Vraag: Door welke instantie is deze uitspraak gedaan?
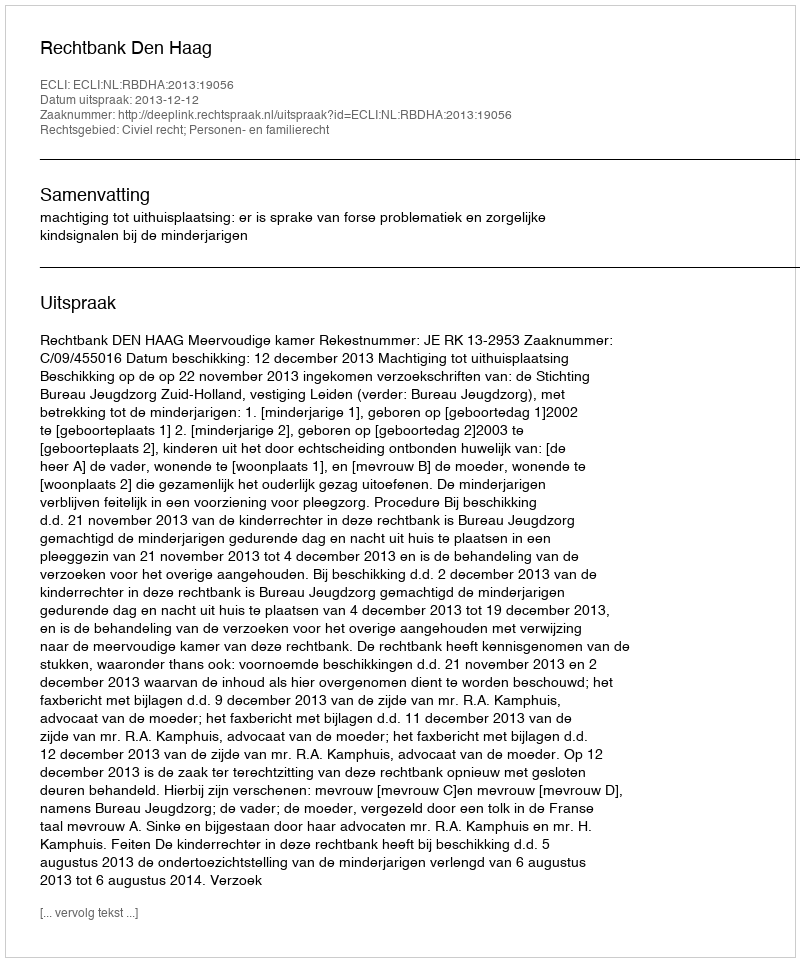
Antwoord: Rechtbank Den Haag